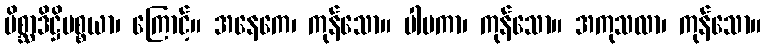
မိစ္ဆာဒိဋ္ဌိပစ္စယာ၊ ကြောင့်။ အနေကေ၊ ကုန်သော။ ပါပကာ၊ ကုန်သော။ အကုသလာ၊ ကုန်သော။